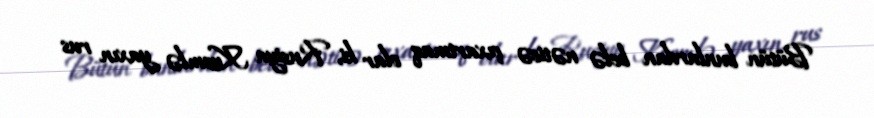
Bütün bunlardan belə nəticə çıxartmaq olar ki, Rusiya Kremlə yaxın rus